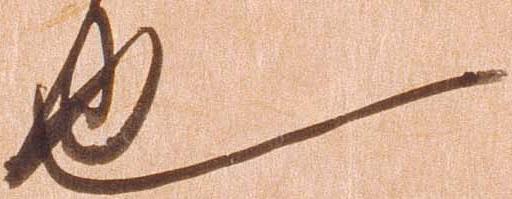
也